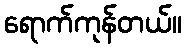
ရောက်ကုန်တယ်။